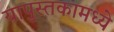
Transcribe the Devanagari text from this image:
यापुस्तकामध्ये